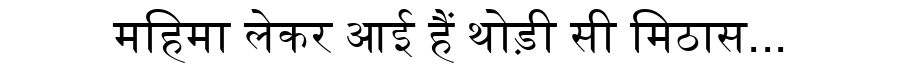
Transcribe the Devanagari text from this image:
महिमा लेकर आई हैं थोड़ी सी मिठास...